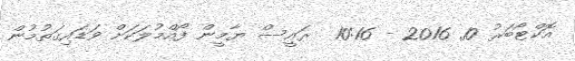
އޮކްޓޯބަރު 10